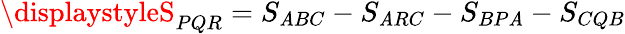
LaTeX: \displaystyleS_{PQR}=S_{\mathit{A}BC}-S_{\mathit{A}RC}-S_{BP\mathit{A}}-S_{CQB}